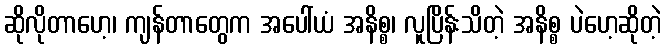
ဆိုလိုတာဟေ့၊ ကျန်တာတွေက အပေါ်ယံ အနိစ္စ၊ လူပြိန်းသိတဲ့ အနိစ္စ ပဲဟေ့ဆိုတဲ့